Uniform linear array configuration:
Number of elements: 64
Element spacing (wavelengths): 0.25
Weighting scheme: hann
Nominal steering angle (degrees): -60
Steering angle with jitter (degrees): -58.176
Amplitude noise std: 0.05
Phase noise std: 0.05

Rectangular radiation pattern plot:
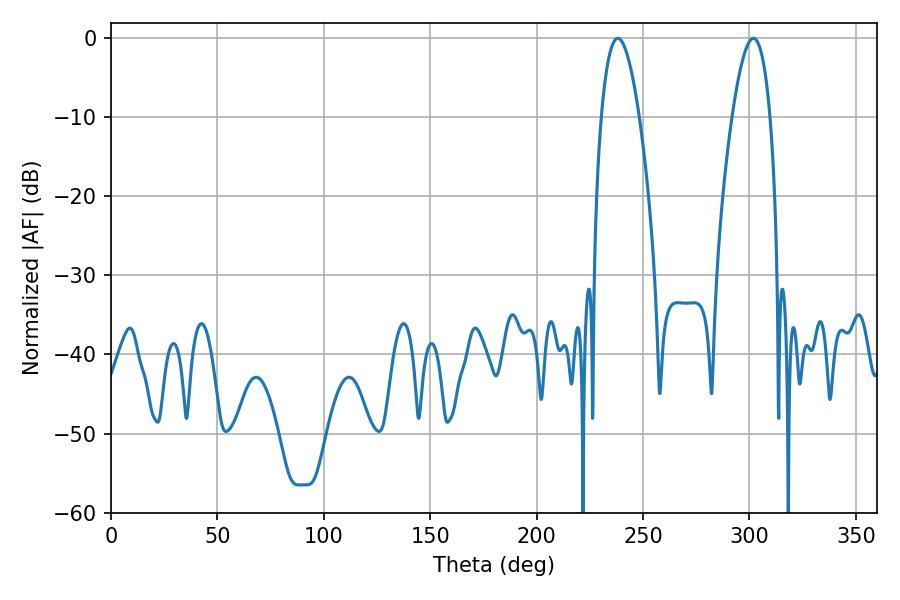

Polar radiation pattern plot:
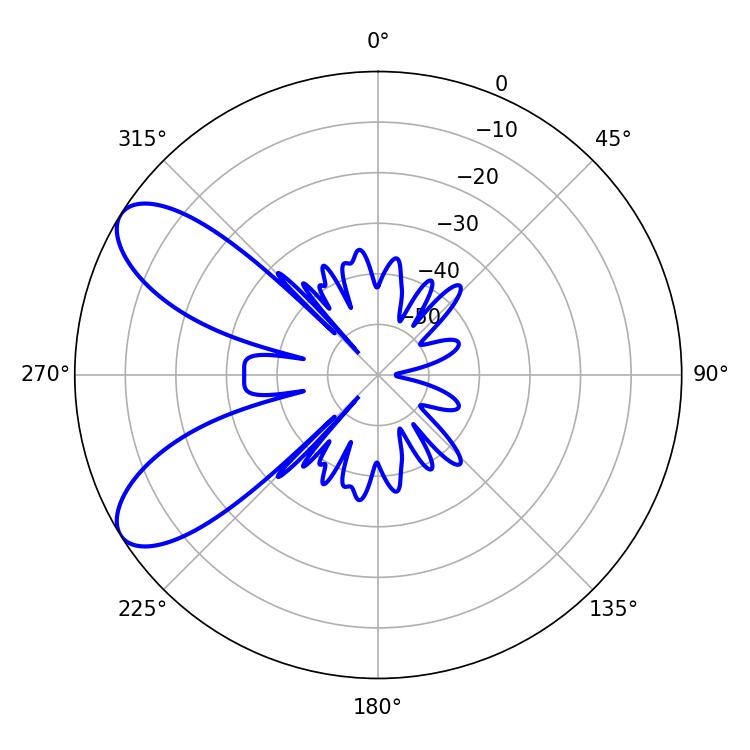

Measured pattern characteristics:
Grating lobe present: FALSE
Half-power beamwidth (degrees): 9.72
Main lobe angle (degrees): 238.14